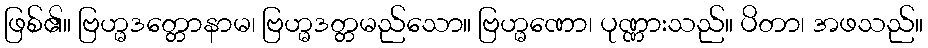
ဖြစ်၏။ ဗြဟ္မဒတ္တောနာမ၊ ဗြဟ္မဒတ္တမည်သော။ ဗြဟ္မဏော၊ ပုဏ္ဏားသည်။ ပိတာ၊ အဖသည်။